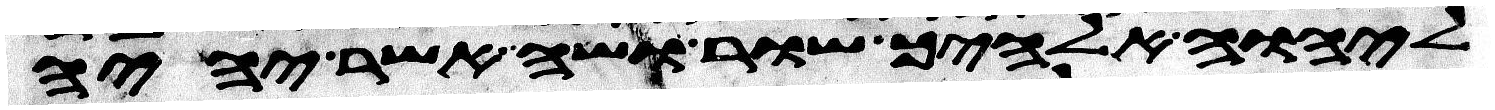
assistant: ליהוה אלהיך שור ושה אשר יהיה